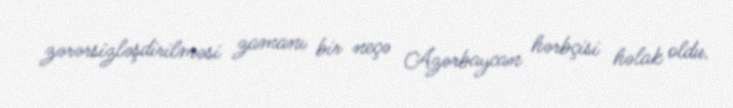
zərərsizləşdirilməsi zamanı bir neçə Azərbaycan hərbçisi həlak oldu.